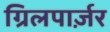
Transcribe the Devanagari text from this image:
ग्रिलपार्ज़र